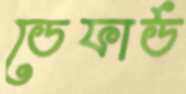
ডেফার্ড